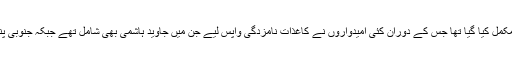
امیدواروں کی جانب سے کاغذات نامزدگی واپس لینے اور پارٹی ٹکٹ جمع کرانے کا عمل گزشتہ روز مکمل کیا گیا تھا جس کے دوران کئی امیدواروں نے کاغذات نامزدگی واپس لیے جن میں جاوید ہاشمی بھی شامل تھے جبکہ جنوبی پنجاب میں مسلم لیگ (ن) کو ذبردست جھٹکا لگا ہے اور 5 حلقوں کے امیدواروں نے ٹکٹ واپس کرد یے۔